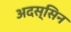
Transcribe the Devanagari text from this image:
अदस्सिन